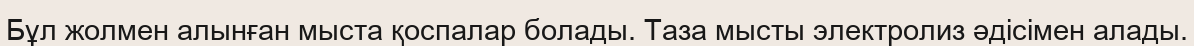
Бұл жолмен алынған мыста қоспалар болады. Таза мысты электролиз әдісімен алады.